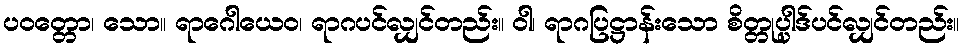
ပဝတ္တော၊ သော။ ရာဂေါယေဝ၊ ရာဂပင်လျှင်တည်း။ ဝါ၊ ရာဂပြဋ္ဌာန်းသော စိတ္တုပ္ပါဒ်ပင်လျှင်တည်း။